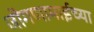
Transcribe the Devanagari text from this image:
जोगणामाईच्या